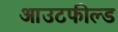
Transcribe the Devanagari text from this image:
आउटफील्‍ड